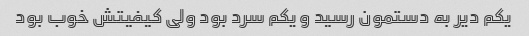
یکم دیر به دستمون رسید و یکم سرد بود ولی کیفیتش خوب بود